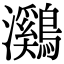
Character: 鸂